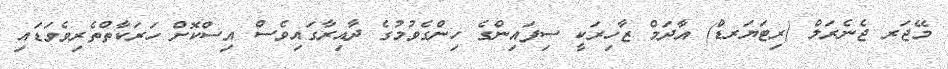
މޭޖަރ ޖެނެރަލް (ރިޓަޔަރޑް) އާދަމް ޒާހިރަކީ ސިފައިންގެ ހިންގެވުމުގެ ދާއިރާގައިވެސް އިސްކޮށް ހަރަކާތްތެރިވެވަޑައި